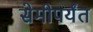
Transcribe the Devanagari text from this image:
सेमीपर्यंत